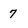
Character: 7